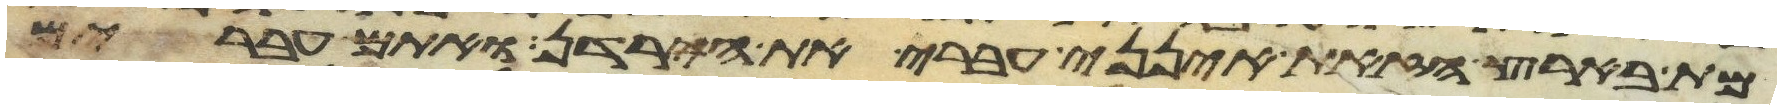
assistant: מת בארץ הזאת אינני עבר את הירדן ואתם עברים